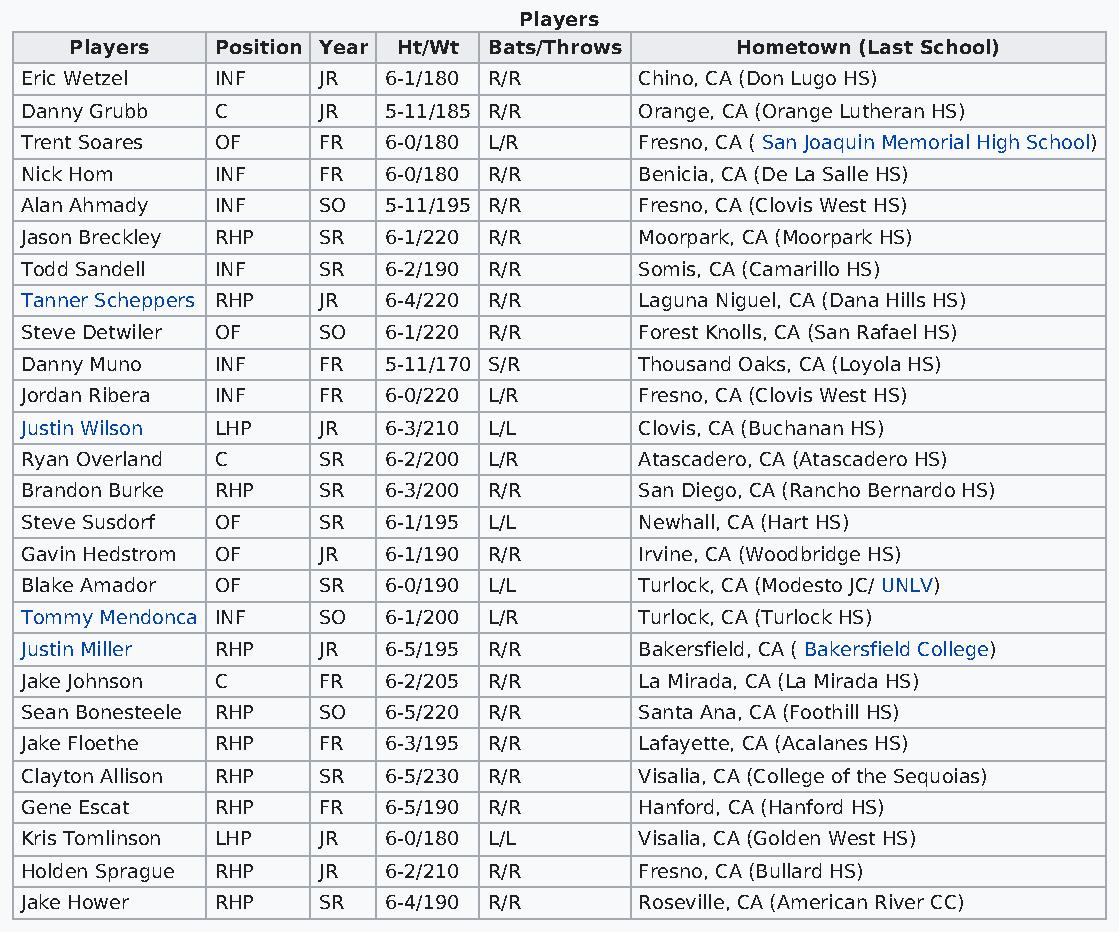
Players
 Players  Position Year Ht/Wt Bats/Throws    Hometown (Last School)
 Eric Wetzel  INF    JR  6-1/180 R/R      Chino, CA (Don Lugo HS)
 Danny Grubb  C      JR  5-11/185 R/R     Orange, CA (Orange Lutheran HS)
 Trent Soares OF     FR  6-0/180 L/R      Fresno, CA ( San Joaquin Memorial High School)
 Nick Hom     INF    FR  6-0/180 R/R      Benicia, CA (De La Salle HS)
 Alan Ahmady  INF    SO  5-11/195 R/R     Fresno, CA (Clovis West HS)
 Jason Breckley RHP  SR  6-1/220 R/R      Moorpark, CA (Moorpark HS)
 Todd Sandell INF    SR  6-2/190 R/R      Somis, CA (Camarillo HS)
 Tanner Scheppers RHP JR 6-4/220 R/R      Laguna Niguel, CA (Dana Hills HS)
 Steve Detwiler OF   SO  6-1/220 R/R      Forest Knolls, CA (San Rafael HS)
 Danny Muno   INF    FR  5-11/170 S/R     Thousand Oaks, CA (Loyola HS)
 Jordan Ribera INF   FR  6-0/220 L/R      Fresno, CA (Clovis West HS)
 Justin Wilson LHP   JR  6-3/210 L/L      Clovis, CA (Buchanan HS)
 Ryan Overland C     SR  6-2/200 L/R      Atascadero, CA (Atascadero HS)
 Brandon Burke RHP   SR  6-3/200 R/R      San Diego, CA (Rancho Bernardo HS)
 Steve Susdorf OF    SR  6-1/195 L/L      Newhall, CA (Hart HS)
 Gavin Hedstrom OF   JR  6-1/190 R/R      Irvine, CA (Woodbridge HS)
 Blake Amador OF     SR  6-0/190 L/L      Turlock, CA (Modesto JC/ UNLV)
 Tommy Mendonca INF  SO  6-1/200 L/R      Turlock, CA (Turlock HS)
 Justin Miller RHP   JR  6-5/195 R/R      Bakersfield, CA ( Bakersfield College)
 Jake Johnson C      FR  6-2/205 R/R      La Mirada, CA (La Mirada HS)
 Sean Bonesteele RHP SO  6-5/220 R/R      Santa Ana, CA (Foothill HS)
 Jake Floethe RHP    FR  6-3/195 R/R      Lafayette, CA (Acalanes HS)
 Clayton Allison RHP SR  6-5/230 R/R      Visalia, CA (College of the Sequoias)
 Gene Escat   RHP    FR  6-5/190 R/R      Hanford, CA (Hanford HS)
 Kris Tomlinson LHP  JR  6-0/180 L/L      Visalia, CA (Golden West HS)
 Holden Sprague RHP  JR  6-2/210 R/R      Fresno, CA (Bullard HS)
 Jake Hower   RHP    SR  6-4/190 R/R      Roseville, CA (American River CC)